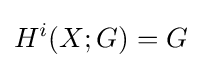
H^{i}(X;G)=G